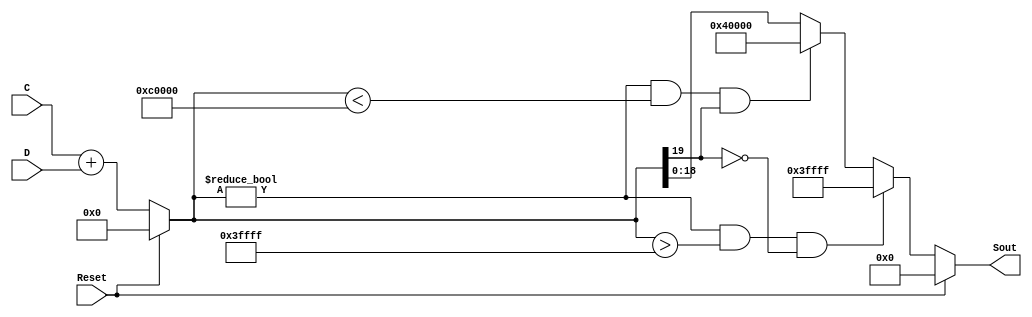
`timescale 1ns / 1ps
//////////////////////////////////////////////////////////////////////////////////
//	Laboratorio de Diseo Digital
// Proyecto de diseo #2
// Sumador
// Diego Brenes Martnez
// Francisco Chacn Cambronero
//////////////////////////////////////////////////////////////////////////////////
module Sumador #(parameter W = 19)(
    input Reset,
    input wire signed [W-1:0] C,
    input wire signed [W-1:0] D,
    output reg signed [W-1:0] Sout
    );
	
	reg signed [W:0] R;
	
	always @* begin
		if(Reset) begin
			Sout <= 19'b0;
			R <= 20'b0;
		end
		else begin
			R <= C + D;
			
				  if(R != 20'b0 && R > 20'h3FFFF && !R[W])
				Sout <= 19'h3FFFF;
			else if(R != 20'b0 && R < 20'hC0000 &&  R[W])
				Sout <= 19'h40000;
			else
				Sout <= R[W-1:0];
				
		end
	end

endmodule